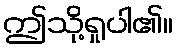
ဤသို့ရှုပါ၏။